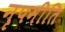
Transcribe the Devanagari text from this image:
नृपनीति